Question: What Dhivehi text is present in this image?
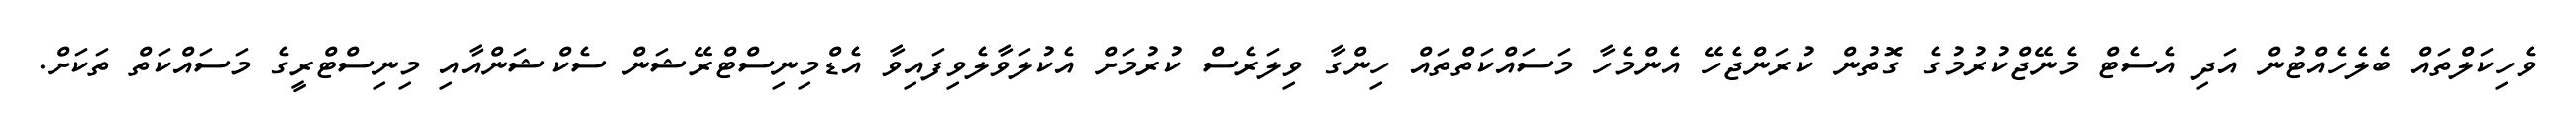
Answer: ވެހިކަލްތައް ބެލެހެއްޓުން އަދި އެސެޓް މެނޭޖްކުރުމުގެ ގޮތުން ކުރަންޖެހޭ އެންމެހާ މަސައްކަތްތައް ހިންގާ ވިލަރެސް ކުރުމަށް އެކުލަވާލެވިފައިވާ އެޑްމިނިސްޓްރޭޝަން ސެކްޝަންއާއި މިނިސްޓްރީގެ މަސައްކަތް ތަކަށް.